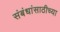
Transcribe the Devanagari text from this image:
संबंधांसाठीच्या